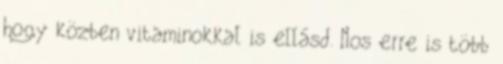
hogy közben vitaminokkal is ellásd. Nos erre is több